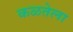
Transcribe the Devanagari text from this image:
कळतेला